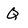
Character: q